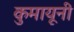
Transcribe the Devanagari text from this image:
कुमायूनी